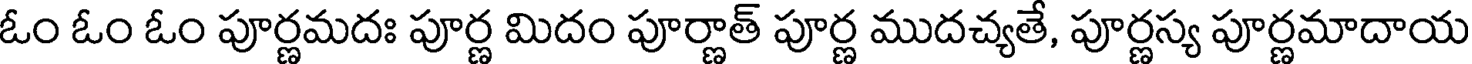
ఓం ఓం ఓం పూర్ణమదః పూర్ణ మిదం పూర్ణాత్ పూర్ణ ముదచ్యతే, పూర్ణస్య పూర్ణమాదాయ